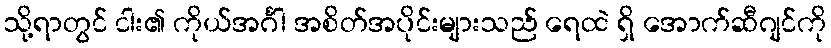
သို့ရာတွင် ငါး၏ ကိုယ်အင်္ဂါ အစိတ်အပိုင်းများသည် ရေထဲ ရှိ အောက်ဆီဂျင်ကို